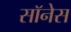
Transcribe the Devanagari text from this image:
सॉनेस